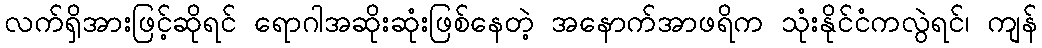
လက်ရှိအားဖြင့်ဆိုရင် ရောဂါအဆိုးဆုံးဖြစ်နေတဲ့ အနောက်အာဖရိက သုံးနိုင်ငံကလွဲရင်၊ ကျန်